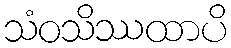
သံဝသိဿထာပိ